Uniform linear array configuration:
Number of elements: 24
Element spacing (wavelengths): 0.25
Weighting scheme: cosine
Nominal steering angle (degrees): -30
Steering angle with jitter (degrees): -29.821
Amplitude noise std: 0.05
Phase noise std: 0.05

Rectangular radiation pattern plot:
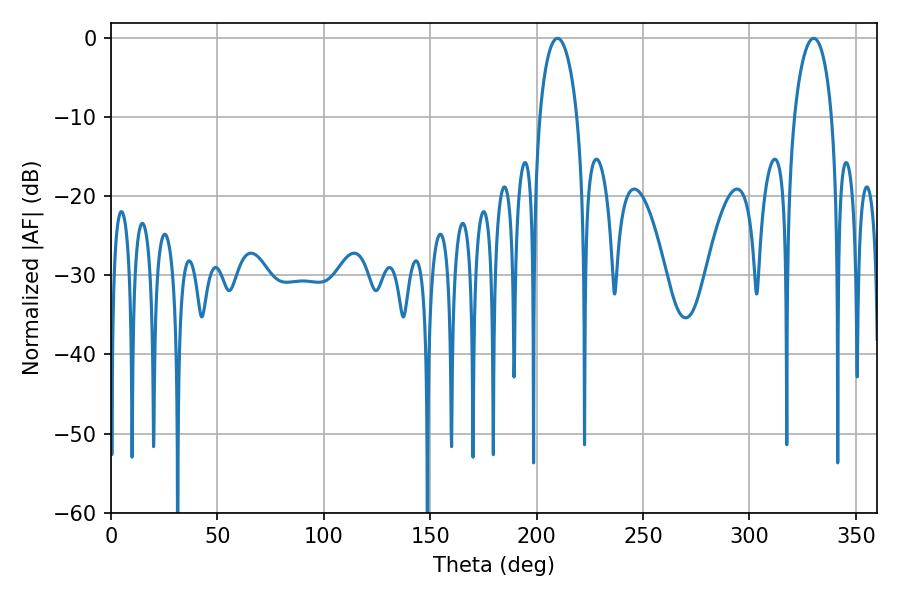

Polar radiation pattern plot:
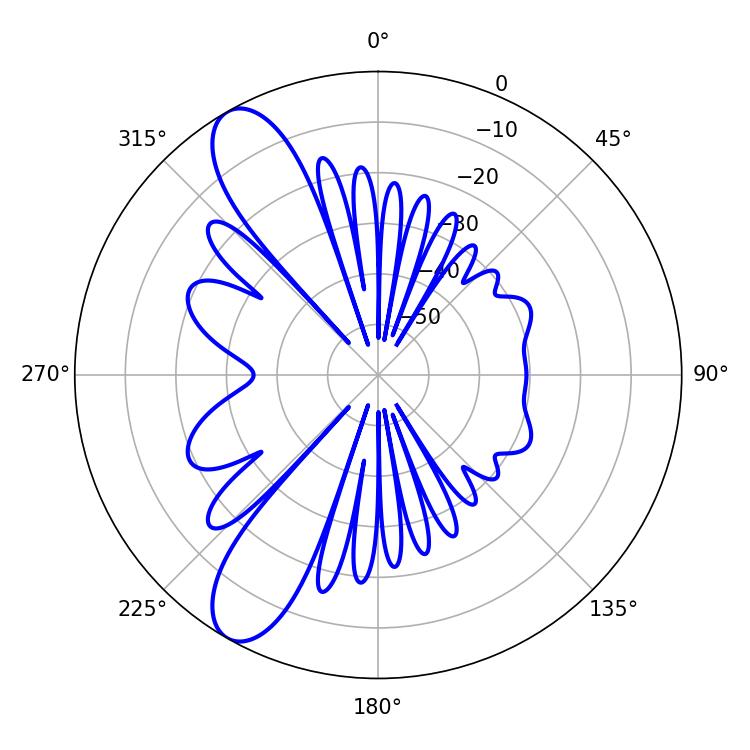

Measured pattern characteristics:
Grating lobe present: FALSE
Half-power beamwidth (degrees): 10.08
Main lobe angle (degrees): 330.12